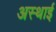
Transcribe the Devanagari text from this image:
अस्‍थाई